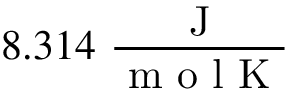
8 . 3 1 4 \ \frac { \mathrm { ~ J ~ } } { \mathrm { ~ m ~ o ~ l ~ K ~ } }